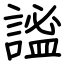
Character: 謐